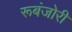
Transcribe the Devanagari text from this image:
रूबंजोरी